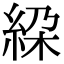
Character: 𥿰